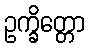
ဥက္ခိတ္တော